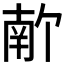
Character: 𫧣